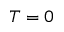
T = 0